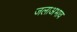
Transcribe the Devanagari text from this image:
जलाअभाव